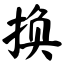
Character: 换